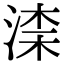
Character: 𣸑